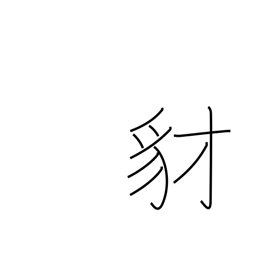
Meaning: jackal